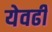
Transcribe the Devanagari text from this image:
येवढी